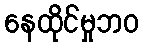
နေထိုင်မှုဘဝ